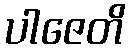
ပါဇေတိ